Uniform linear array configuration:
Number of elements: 64
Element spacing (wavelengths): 0.75
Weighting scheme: cosine
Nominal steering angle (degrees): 0
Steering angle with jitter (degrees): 0.9734
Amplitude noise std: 0.05
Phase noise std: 0.05

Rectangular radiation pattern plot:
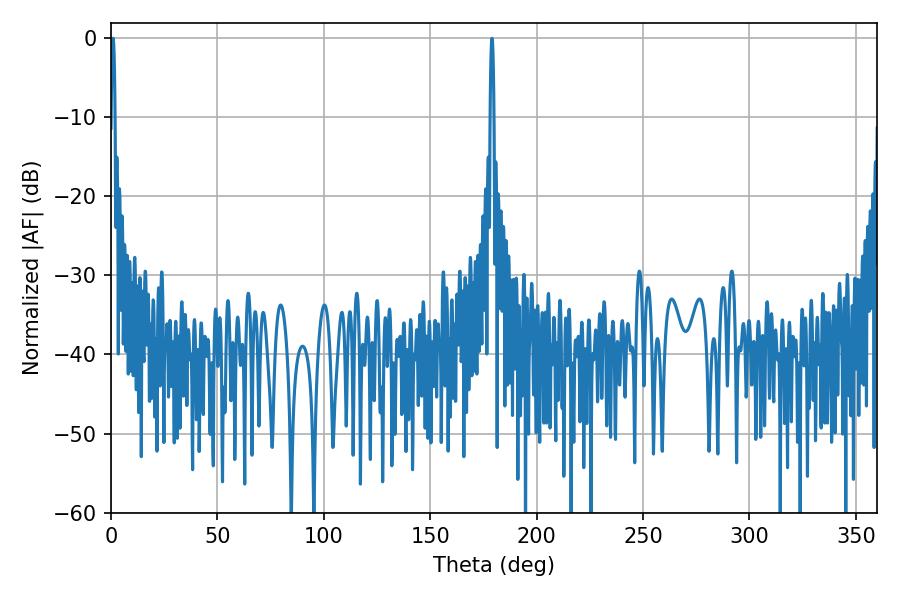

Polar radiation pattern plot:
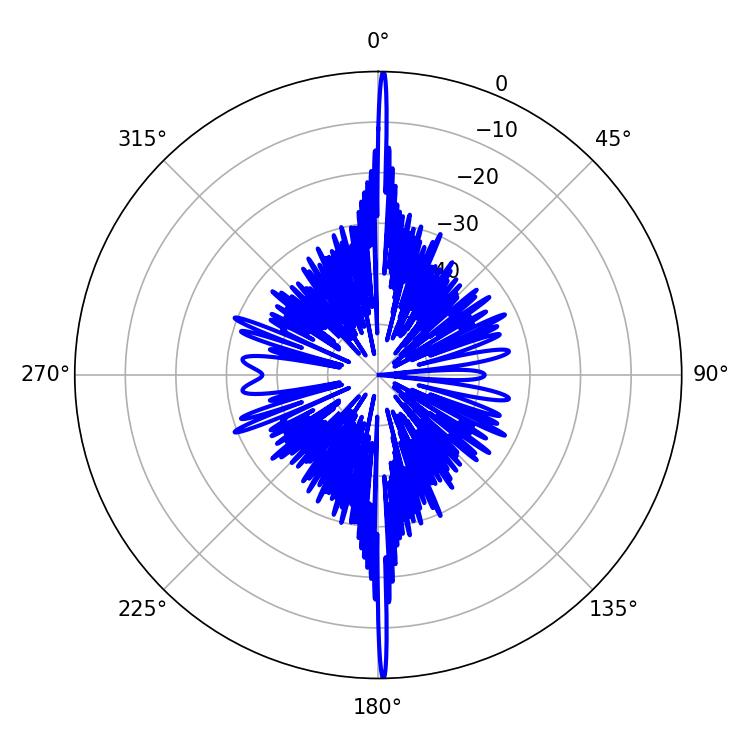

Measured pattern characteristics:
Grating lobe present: TRUE
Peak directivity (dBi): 35.158
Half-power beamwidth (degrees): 0.9
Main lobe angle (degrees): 179.1